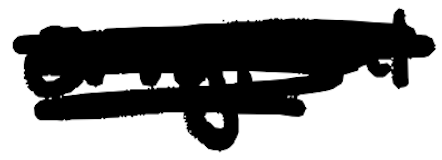
Text: original
Cross-out: mix
Writing tool: digital_black